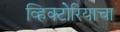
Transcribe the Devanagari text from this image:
व्हिक्टोरियाचा